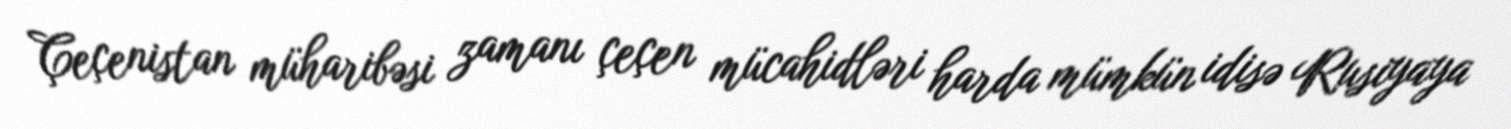
Çeçenistan müharibəsi zamanı çeçen mücahidləri harda mümkün idisə Rusiyaya